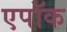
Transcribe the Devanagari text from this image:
एपॉक